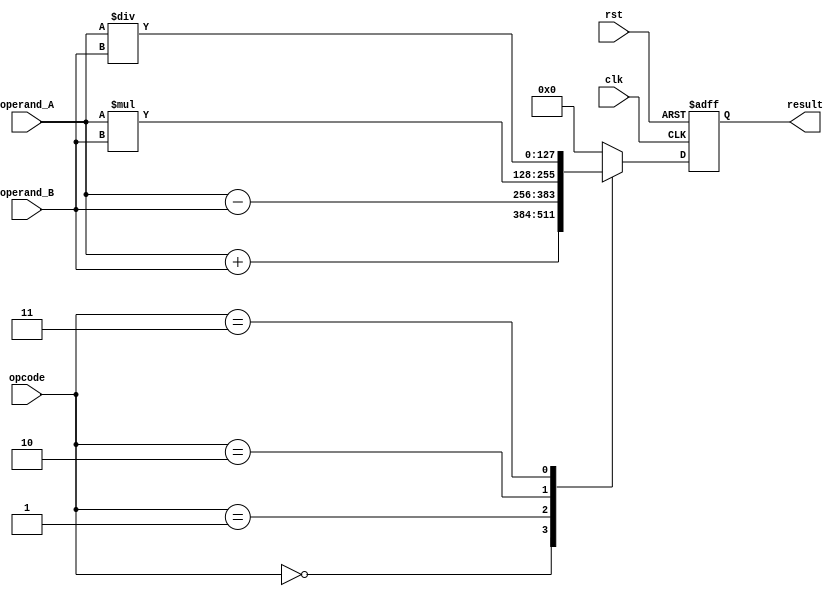
module extended_precision_fp_unit (
    input wire clk,
    input wire rst,
    input wire [127:0] operand_A,
    input wire [127:0] operand_B,
    input wire [3:0] opcode,
    output wire [127:0] result
);

reg [127:0] result_reg;

always @(posedge clk or posedge rst) begin
    if (rst) begin
        result_reg <= 128'b0;
    end else begin
        case (opcode)
            4'b0000: result_reg <= operand_A + operand_B; // Addition
            4'b0001: result_reg <= operand_A - operand_B; // Subtraction
            4'b0010: result_reg <= operand_A * operand_B; // Multiplication
            4'b0011: result_reg <= operand_A / operand_B; // Division
            default: result_reg <= 128'b0; // Default
        endcase
    end
end

assign result = result_reg;

endmodule